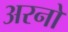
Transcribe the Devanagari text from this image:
अरनो